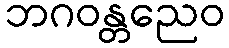
ဘဂဝန္တညေဝ